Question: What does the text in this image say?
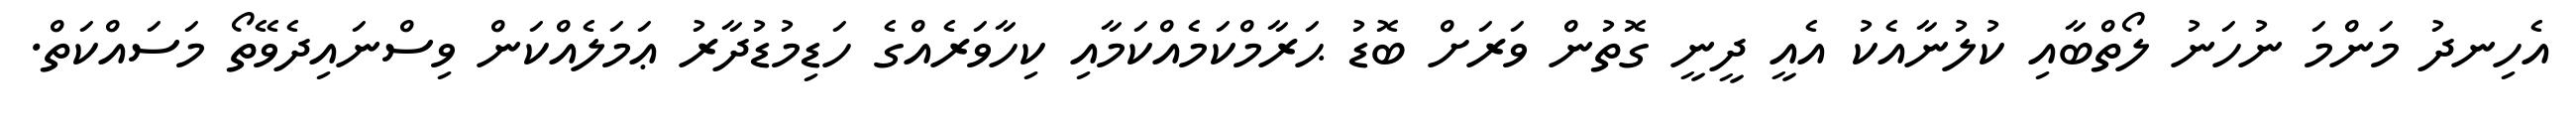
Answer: އެހިނދު މަންމަ ނުހަނު ލޯތްބާއި ކުލުނާއެކު އެއީ ދީނީ ގޮތުން ވަރަށް ބޮޑު ޙަރާމްކަމެއްކަމާއި ކިހާވަރެއްގެ ހަޑިމުޑުދާރު ޢަމަލެއްކަން ވިސްނައިދެވޭތޯ މަސައްކަތް.